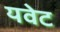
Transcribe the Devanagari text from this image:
यवेट